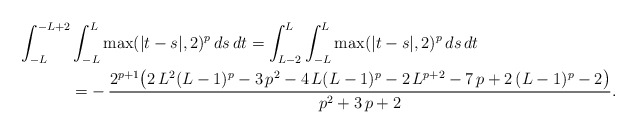
\begin{align*}\int_{-L}^{-L+2} & \int_{-L}^L \max(|t-s|,2)^p \, ds\, dt = \int_{L-2}^{L} \int_{-L}^L \max(|t-s|,2)^p \, ds\, dt \\ &= - \,{\frac{2^{p+1} \bigl( 2\,{L}^{2} (L-1)^{p} -3\,{p}^{2} -4\,L (L-1)^{p} -{2}\,{L}^{p+2} -7\,p +2\,( L-1)^{p} -2 \bigr)} {{p}^{2}+3\,p+2}}. \end{align*}